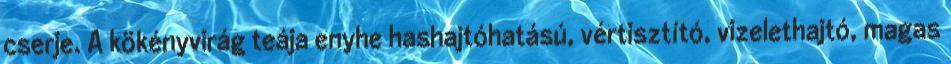
cserje. A kökényvirág teája enyhe hashajtóhatású, vértisztító, vizelethajtó, magas